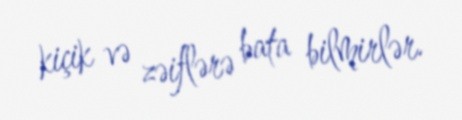
kiçik və zəiflərə bata bilmirlər.